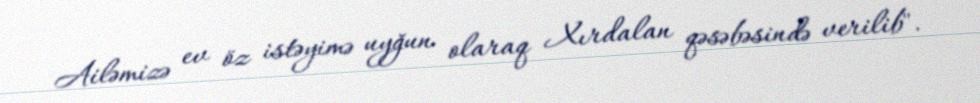
Ailəmizə ev öz istəyimə uyğun olaraq Xırdalan qəsəbəsində verilib".